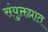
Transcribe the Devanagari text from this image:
संयुक्तप्रात